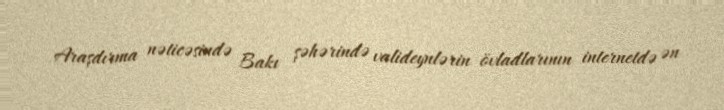
Araşdırma nəticəsində Bakı şəhərində valideynlərin övladlarının internetdə ən